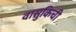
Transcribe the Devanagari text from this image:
वासुकिची